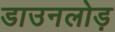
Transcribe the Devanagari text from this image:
डाउनलोड़